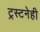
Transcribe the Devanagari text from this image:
ट्रस्टनेही